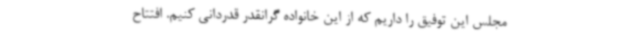
مجلس این توفیق را داریم که از این خانواده گرانقدر قدردانی کنیم. افتتاح